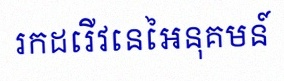
រកដេរីវេនៃអនុគមន៍